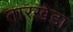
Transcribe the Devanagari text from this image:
तारखेडा